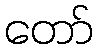
တော်